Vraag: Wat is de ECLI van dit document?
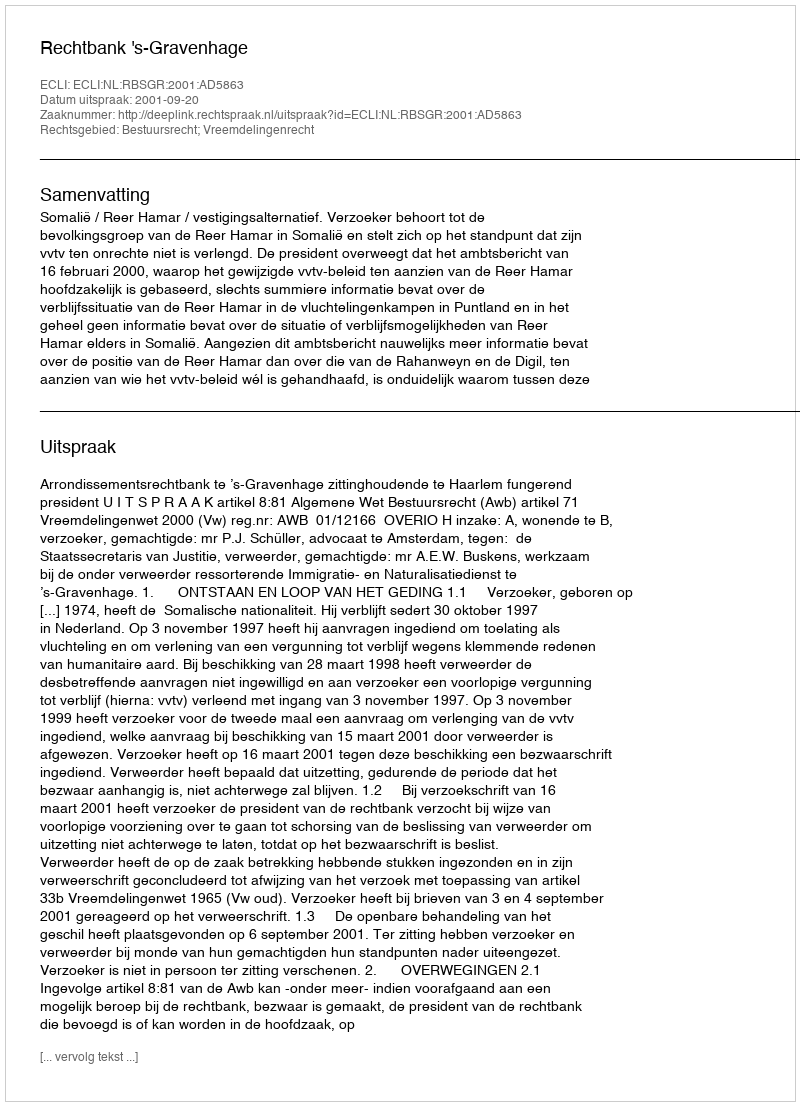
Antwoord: ECLI:NL:RBSGR:2001:AD5863